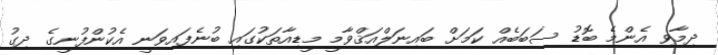
ދިމާވި އެންމެ ބޮޑު ސަބަބެއް ކަމަށް ބައިނަލްއަޤްވާމީ މީޑިއާތަކުގައި ބުނެފައިވަނީ އެކުންފުނީގެ ދިގު